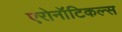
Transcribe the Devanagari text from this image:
एरोनॉटिकल्स